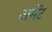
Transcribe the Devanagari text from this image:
अमेंट